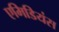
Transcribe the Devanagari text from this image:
एमिडियंस